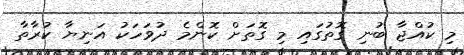
މި ކުއްޖާ ބުނި ގޮތުގައި މި ގޮތަށް ކޮންމެ ދުވަހަކު އަނިޔާ ކުރާތާ